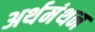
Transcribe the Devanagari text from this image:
अर्थमंथन